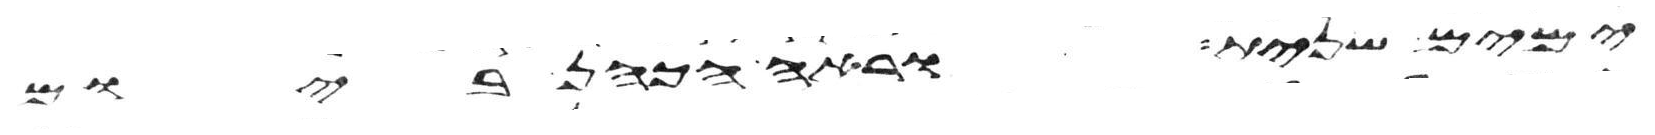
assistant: ימים שנית וראה הכהן ביום